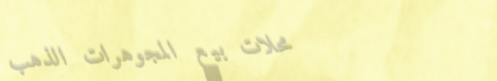
محلات بيع المجوهرات الذهب